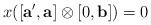
LaTeX: \begin{align*} x([\mathbf{a'},\mathbf{a}] \otimes [0,\mathbf{b}] )=0 \end{align*}